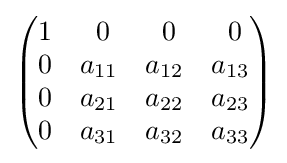
{\begin{pmatrix}1&\,\,0&\,\,0&\,\,0\\0&a_{11}&a_{12}&a_{13}\\0&a_{21}&a_{22}&a_{23}\\0&a_{31}&a_{32}&a_{33}\end{pmatrix}}